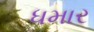
ધમાર